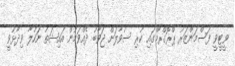
ވީޓީވީ ފަސްމަންޒަރު ޕްރޮގްރާމްގައި ކުރި ސުވާލަށް ޖަވާބު ދެއްވަމުން އައިޝަތު ނަހުލާ ވިދާޅުވީ